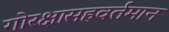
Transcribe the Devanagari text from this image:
गोरक्षासहवर्तमान